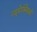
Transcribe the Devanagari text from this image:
न्यूमेक्सिको